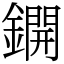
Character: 鐦